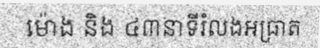
ម៉ោង និង ៤៣នាទីរំលងអធ្រាត